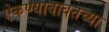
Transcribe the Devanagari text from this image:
ऐकण्याबाबतच्या